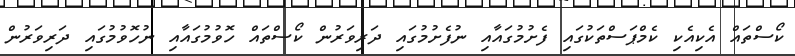
ކޯސްތައް އެކިއެކި ކެމްޕަސްތަކުގައި ފެށުމުގައާއި ނުފެށުމުގައި ދަރިވަރުން ކޯސްތައް ހޮވުމުގައާއި ނުހޮވުމުގައި ދަރިވަރުން